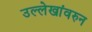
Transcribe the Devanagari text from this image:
उल्लेखांवरुन